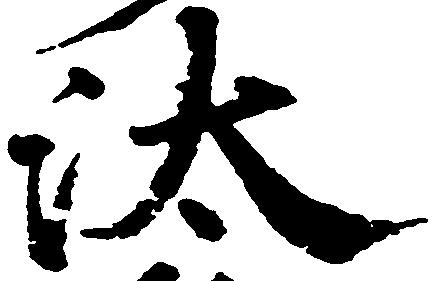
汰